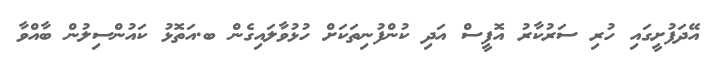
އޭދަފުށީގައި ހުރި ސަރުކާރު އޮފީސް އަދި ކުންފުނިތަކަށް ހުޅުވާލައިގެން ބ.އަތޮޅު ކައުންސިލުން ބާއްވާ